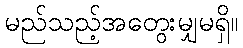
မည်သည့်အတွေးမျှမရှိ။